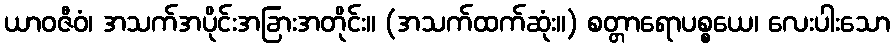
ယာဝဇီဝံ၊ အသက်အပိုင်းအခြားအတိုင်း။ (အသက်ထက်ဆုံး။) စတ္တာရောပစ္စယေ၊ လေးပါးသော